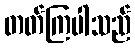
တတ်ကြပါသည်